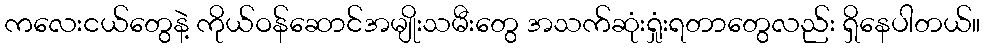
ကလေးငယ်တွေနဲ့ ကိုယ်ဝန်ဆောင်အမျိုးသမီးတွေ အသက်ဆုံးရှုံးရတာတွေလည်း ရှိနေပါတယ်။